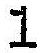
1